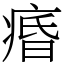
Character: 痻